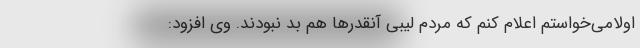
اولامی‌خواستم اعلام کنم که مردم لیبی آنقدرها هم بد نبودند. وی افزود: